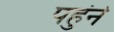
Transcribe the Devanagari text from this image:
पहुंने